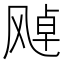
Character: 𩙩